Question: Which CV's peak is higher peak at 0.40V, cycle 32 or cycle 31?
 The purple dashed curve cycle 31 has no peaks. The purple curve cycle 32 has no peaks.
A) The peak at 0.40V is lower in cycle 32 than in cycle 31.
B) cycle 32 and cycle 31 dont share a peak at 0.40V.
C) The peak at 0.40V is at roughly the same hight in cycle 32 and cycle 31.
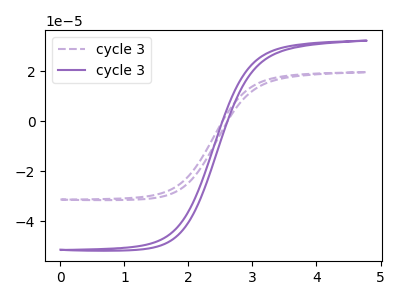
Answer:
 <answer>B) "cycle 32" and "cycle 31" dont share a peak at 0.40V.</answer>
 <eval>B</eval>